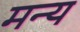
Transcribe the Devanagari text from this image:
मन्य